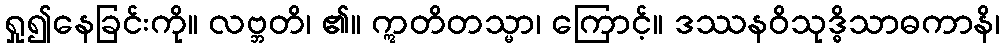
ရှု၍နေခြင်းကို။ လဗ္ဘတိ၊ ၏။ ဣတိတသ္မာ၊ ကြောင့်။ ဒဿနဝိသုဒ္ဓိသာဓကာနိ၊